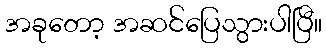
အခုတော့ အဆင်ပြေသွားပါပြီ။